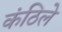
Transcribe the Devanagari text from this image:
कंठिले